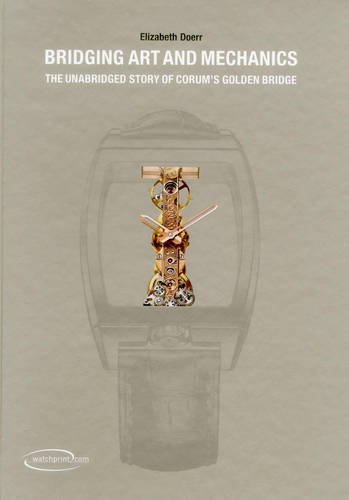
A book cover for Bridging Art and Mechanics: The Unabridged Story of Corum's Golden Bridge; Elizabeth Doerr; Crafts, Hobbies & Home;